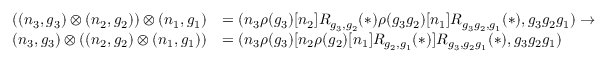
\begin{array} { r l } { ( ( n _ { 3 } , g _ { 3 } ) \otimes ( n _ { 2 } , g _ { 2 } ) ) \otimes ( n _ { 1 } , g _ { 1 } ) } & { = ( n _ { 3 } \rho ( g _ { 3 } ) [ n _ { 2 } ] R _ { g _ { 3 } , g _ { 2 } } ( * ) \rho ( g _ { 3 } g _ { 2 } ) [ n _ { 1 } ] R _ { g _ { 3 } g _ { 2 } , g _ { 1 } } ( * ) , g _ { 3 } g _ { 2 } g _ { 1 } ) \to } \\ { ( n _ { 3 } , g _ { 3 } ) \otimes ( ( n _ { 2 } , g _ { 2 } ) \otimes ( n _ { 1 } , g _ { 1 } ) ) } & { = ( n _ { 3 } \rho ( g _ { 3 } ) [ n _ { 2 } \rho ( g _ { 2 } ) [ n _ { 1 } ] R _ { g _ { 2 } , g _ { 1 } } ( * ) ] R _ { g _ { 3 } , g _ { 2 } g _ { 1 } } ( * ) , g _ { 3 } g _ { 2 } g _ { 1 } ) } \end{array}